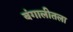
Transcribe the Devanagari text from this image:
बंगालीतला